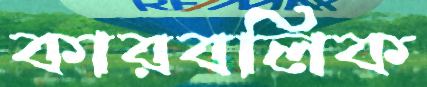
কারবলিক